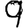
Digit: 9